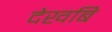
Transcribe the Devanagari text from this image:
देखबि